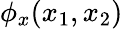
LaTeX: \phi_{x}(x_{1},x_{2})